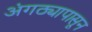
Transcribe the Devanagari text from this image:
अंगठ्यापासून